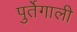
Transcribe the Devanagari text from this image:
पुर्तेगाली